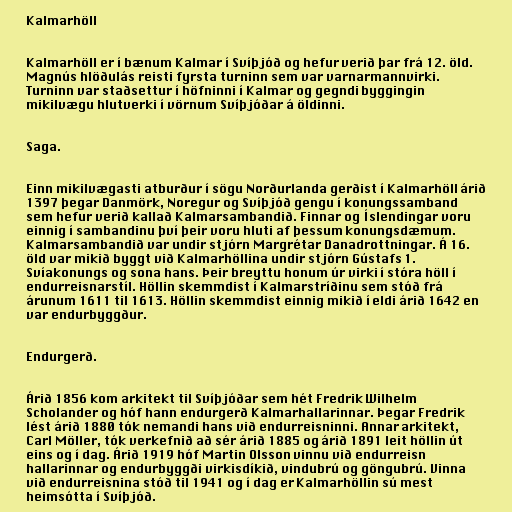
Kalmarhöll

Kalmarhöll er í bænum Kalmar í Svíþjóð og hefur verið þar frá 12. öld.
Magnús hlöðulás reisti fyrsta turninn sem var varnarmannvirki.
Turninn var staðsettur í höfninni í Kalmar og gegndi byggingin
mikilvægu hlutverki í vörnum Svíþjóðar á öldinni.

Saga.

Einn mikilvægasti atburður í sögu Norðurlanda gerðist í Kalmarhöll árið
1397 þegar Danmörk, Noregur og Svíþjóð gengu í konungssamband
sem hefur verið kallað Kalmarsambandið. Finnar og Íslendingar voru
einnig í sambandinu því þeir voru hluti af þessum konungsdæmum.
Kalmarsambandið var undir stjórn Margrétar Danadrottningar. Á 16.
öld var mikið byggt við Kalmarhöllina undir stjórn Gústafs 1.
Svíakonungs og sona hans. Þeir breyttu honum úr virki í stóra höll í
endurreisnarstíl. Höllin skemmdist í Kalmarstríðinu sem stóð frá
árunum 1611 til 1613. Höllin skemmdist einnig mikið í eldi árið 1642 en
var endurbyggður.

Endurgerð.

Árið 1856 kom arkitekt til Svíþjóðar sem hét Fredrik Wilhelm
Scholander og hóf hann endurgerð Kalmarhallarinnar. Þegar Fredrik
lést árið 1880 tók nemandi hans við endurreisninni. Annar arkitekt,
Carl Möller, tók verkefnið að sér árið 1885 og árið 1891 leit höllin út
eins og í dag. Árið 1919 hóf Martin Olsson vinnu við endurreisn
hallarinnar og endurbyggði virkisdíkið, vindubrú og göngubrú. Vinna
við endurreisnina stóð til 1941 og í dag er Kalmarhöllin sú mest
heimsótta í Svíþjóð.